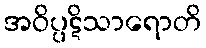
အဝိပ္ပဋိသာရောတိ